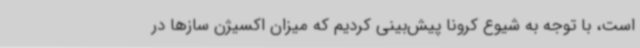
است، با توجه به شیوع کرونا پیش‌بینی کردیم که میزان اکسیژن سازها در